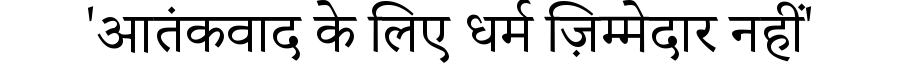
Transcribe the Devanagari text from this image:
'आतंकवाद के लिए धर्म ज़िम्मेदार नहीं'